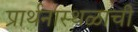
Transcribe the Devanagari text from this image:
प्रार्थनास्थळाची